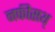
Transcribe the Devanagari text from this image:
नफीसथ्